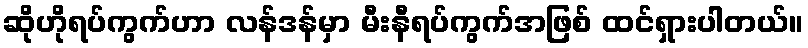
ဆိုဟိုရပ်ကွက်ဟာ လန်ဒန်မှာ မီးနီရပ်ကွက်အဖြစ် ထင်ရှားပါတယ်။